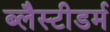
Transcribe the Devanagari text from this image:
ब्लैस्टीडर्म